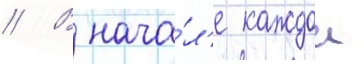
// В нача́л'е каждои